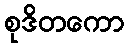
စုဒိတကော